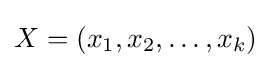
X=(x_{1},x_{2},\dots ,x_{k})